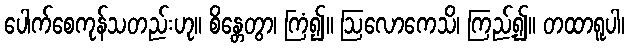
ပေါက်စေကုန်သတည်းဟု။ စိန္တေတွာ၊ ကြံ၍။ ဩလောကေသိ၊ ကြည့်၍။ တထာရူပါ၊